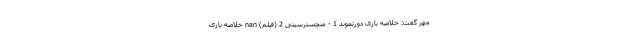
مهر گفت: خلاصه بازی دورتموند 1 - منچسترسیتی 2 (فیلم) nan خلاصه بازی